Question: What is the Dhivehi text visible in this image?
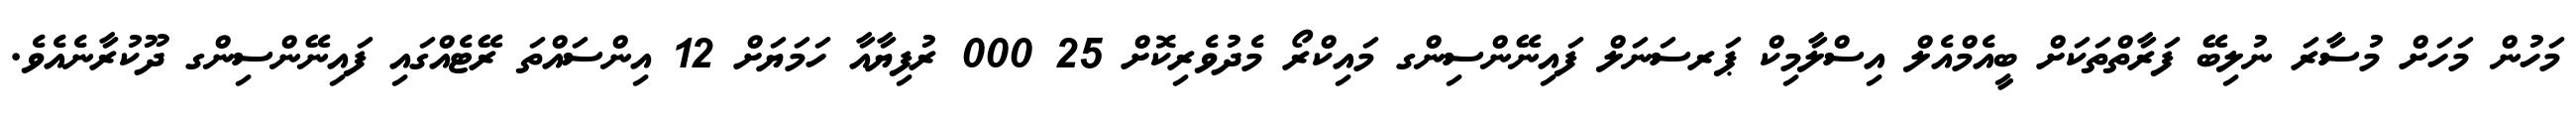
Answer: މަހުން މަހަށް މުސާރަ ނުލިބޭ ފަރާތްތަކަށް ބީއެމްއެލް އިސްލާމިކް ޕަރސަނަލް ފައިނޭންސިންގ މައިކްރޯ މެދުވެރިކޮށް 25 000 ރުފިޔާއާ ހަމަޔަށް 12 އިންސައްތަ ރޭޓެއްގައި ފައިނޭންސިންގ ދޫކުރާނެއެވެ.